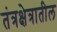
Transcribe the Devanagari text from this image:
तंत्रक्षेत्रातील